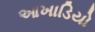
આખાડિયો